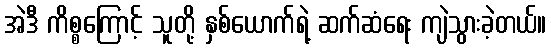
အဲဒီ ကိစ္စကြောင့် သူတို့ နှစ်ယောက်ရဲ့ ဆက်ဆံရေး ကျဲသွားခဲ့တယ်။